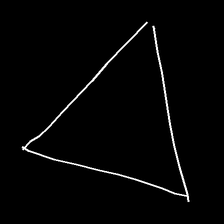
Glyph: convergence